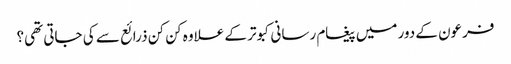
فرعون کے دور میں پیغام رسانی کبوتر کے علاوہ کن کن ذرائع سے کی جاتی تھی؟